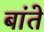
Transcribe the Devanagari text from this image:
बांते